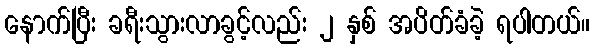
နောက်ပြီး ခရီးသွားလာခွင့်လည်း ၂ နှစ် အပိတ်ခံခဲ့ ရပါတယ်။